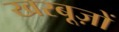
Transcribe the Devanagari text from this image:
खरबूज़ों